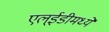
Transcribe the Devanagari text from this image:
एल्‌ईडीमध्ये